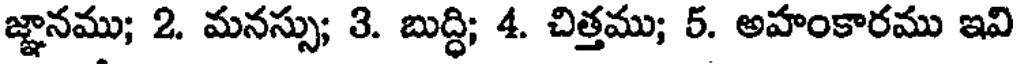
జ్ఞానము; 2. మనస్సు; 3. బుద్ధి; 4. చిత్తము; 5. అహంకారము ఇవి